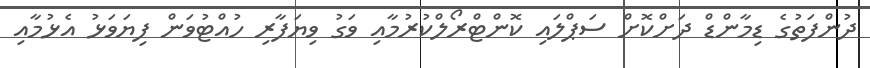
ދުންފަތުގެ ޑިމާންޑް ދަށްކޮށް ސަޕްލައި ކޮންޓްރޯލްކުރުމާއި ވަގު ވިޔަފާރި ހުއްޓުވަން ފިޔަވަޅު އެޅުމާއި